Trukikaitis_Postimees, lk 6
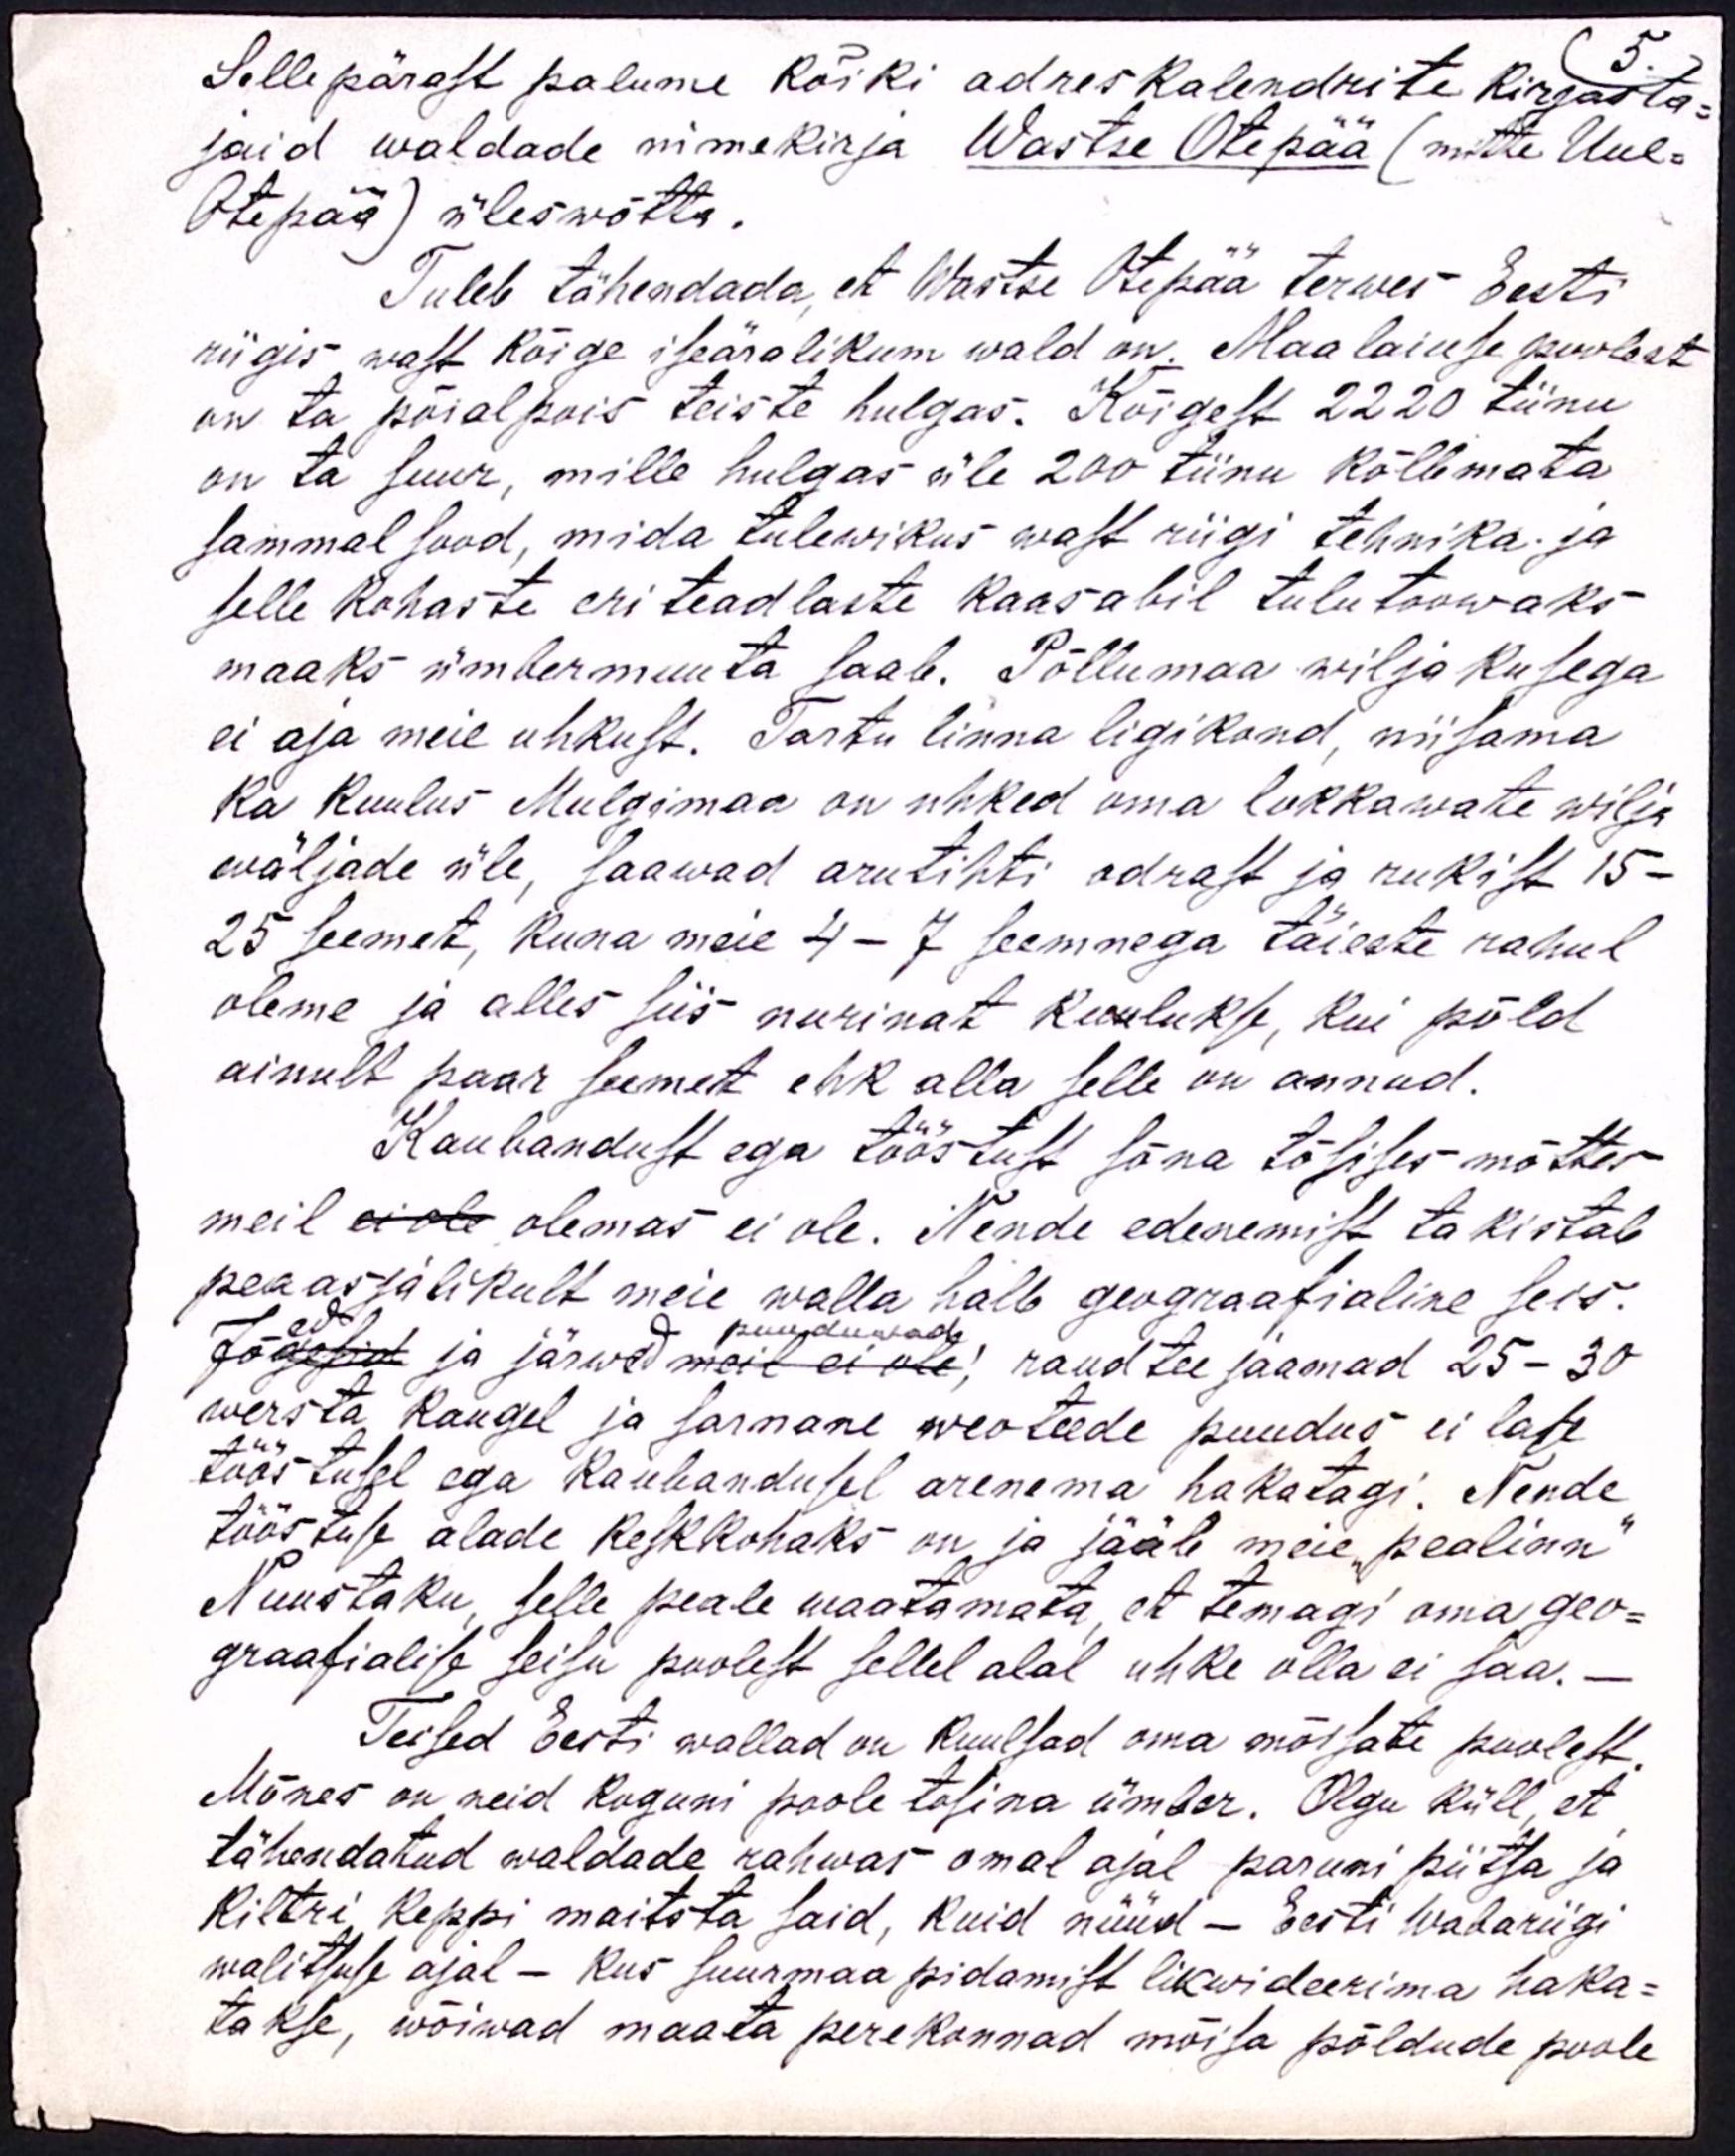
5.
Sellepärast palume kõiki adres Kalendrite kirjasta
jaid waldade nimekirja Wastse Otepää (mitte Uue-
Otepää) üles wõtta.
Tuleb tähendada, et Wastse Otepää terwes Eesti
riigis wast kõige iseäralikum wald on. Maalaiuse poolest
on ta pöial pois teiste hulgas. Kõigest 2220 tiinu
on ta suur, mille hulgas üle 200 tiinu kõlbmata
sammal sood, mida tulewikus wast riigi tehnika ja
selle kohaste eri teadlaste kaasabil tulutoowaks
maaks ümbermuuta saab. Põllumaa wiljakusega
ei aja meie uhkust. Tartu linna ligikond, niisama
ka kuulus Mulgimaa on uhked oma lokkawate wilja
wäljade üle, saawad arutihti odrast ja rukist 15-
25 seemet, kuna meie 4-7 seemnega täieste rahul
oleme ja alles siis nurinat kuulukse, kui põld
ainult paar seemest ehk alla selle on annud.
Kaubandust ega tööstust sõna tõsises mõttes
meil ei ole olemas ei ole. Nende edenemist takistab
peaasjalikult meie walla halb geograafialine seis.
Jõgesid ja järwed meil ei ole, raudtee jaamad 25-30
wersta kaugel ja sarnane weoteede puudus ei lase
tööstusel ega kaubandusel arenema hakatagi. Nende
tööstuse alade keskkohaks on ja jääb meie pealinn
Nuustaku, selle peale waatamata, et temagi oma geo-
graafialise seisu poolest sellel alal uhke olla ei saa.-
Teised Eesti wallad on kuulsad oma mõisate poolest.
Mõnes on neid koguni poole tosina ümber. Olgu küll, et
tähendatud waldade rahwas omal ajal paruni piitsa ja
kiltri keppi maitsta said, kuid nüüd - Eesti Wabariigi
walitsuse ajal - Kus suurmaa pidamist likwideerima haka-
takse, wõiwad maata perekonnad mõisa põldude poole